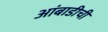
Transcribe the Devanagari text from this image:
आंबाडीची